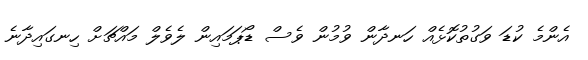
އެންމެ ކުޑަ ވަގުތުކޮޅެއް ހަނދާން ވުމުން ވެސް ޑޯޕަމައިން ލެވެލް މައްޗަށް ހިނގައިދާނެ